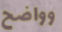
وواضح